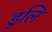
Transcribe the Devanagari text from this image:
डुलि